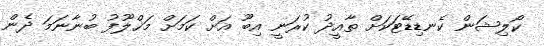
ކޯލިޝަން ކެނޑިޑޭޓަކަށް ތާއީދު ކުރަނީ އިބޫ އަށް ކަމަށް މަޚްލޫފު ބުނާނަމަ ދެން